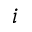
{ i }